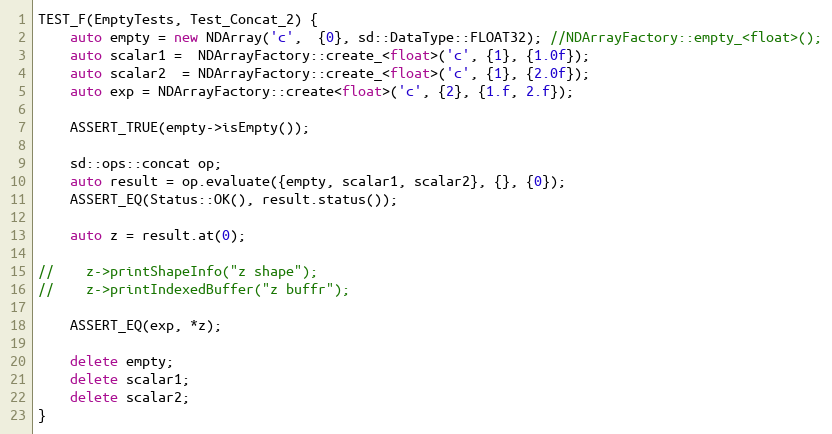
Language: C++
TEST_F(EmptyTests, Test_Concat_2) {
    auto empty = new NDArray('c',  {0}, sd::DataType::FLOAT32); //NDArrayFactory::empty_<float>();
    auto scalar1 =  NDArrayFactory::create_<float>('c', {1}, {1.0f});
    auto scalar2  = NDArrayFactory::create_<float>('c', {1}, {2.0f});
    auto exp = NDArrayFactory::create<float>('c', {2}, {1.f, 2.f});

    ASSERT_TRUE(empty->isEmpty());

    sd::ops::concat op;
    auto result = op.evaluate({empty, scalar1, scalar2}, {}, {0});
    ASSERT_EQ(Status::OK(), result.status());

    auto z = result.at(0);

//    z->printShapeInfo("z shape");
//    z->printIndexedBuffer("z buffr");

    ASSERT_EQ(exp, *z);

    delete empty;
    delete scalar1;
    delete scalar2;
}